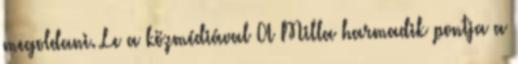
megoldani. Le a közmédiával A Milla harmadik pontja a